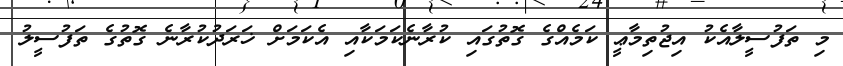
މި ތަފުސީލާއެކު އިޖުތިމާޢީ ކަމެއްގެ ގޮތުގައި ކުރާނެކަމަކާއި އެކަމަށް ޚަރަދުކުރާނެ ގޮތުގެ ތަފުސީލު